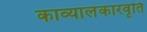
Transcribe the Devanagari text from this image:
काव्यालंकारवृति